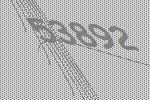
53892